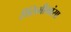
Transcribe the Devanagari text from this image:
रीतिमीमांसा